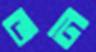
ভন